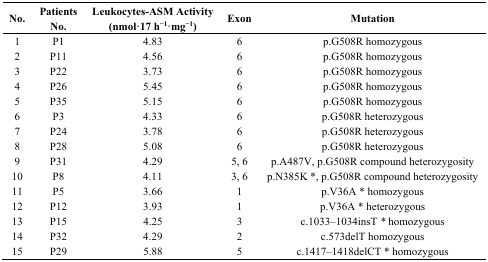
| No. | Patients No. | Leukocytes-ASM Activity (nmol·17 h−1·mg−1) | Exon | Mutation |
 | --- | --- | --- | --- | --- |
 | 1 | P1 | 4.83 | 6 | p.G508R homozygous |
 | 2 | P11 | 4.56 | 6 | p.G508R homozygous |
 | 3 | P22 | 3.73 | 6 | p.G508R homozygous |
 | 4 | P26 | 5.45 | 6 | p.G508R homozygous |
 | 5 | P35 | 5.15 | 6 | p.G508R homozygous |
 | 6 | P3 | 4.33 | 6 | p.G508R heterozygous |
 | 7 | P24 | 3.78 | 6 | p.G508R heterozygous |
 | 8 | P28 | 5.08 | 6 | p.G508R heterozygous |
 | 9 | P31 | 4.29 | 5, 6 | p.A487V, p.G508R compound heterozygosity |
 | 10 | P8 | 4.11 | 3, 6 | p.N385K *, p.G508R compound heterozygosity |
 | 11 | P5 | 3.66 | 1 | p.V36A * homozygous |
 | 12 | P12 | 3.93 | 1 | p.V36A * heterozygous |
 | 13 | P15 | 4.25 | 3 | c.1033–1034insT* homozygous |
 | 14 | P32 | 4.29 | 2 | c.573delT homozygous |
 | 15 | P29 | 5.88 | 5 | c.1417–1418delCT * homozygous |